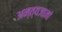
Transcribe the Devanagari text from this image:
अन्त्यजानां